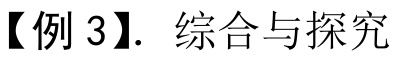
【例 3】. 综合与探究